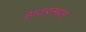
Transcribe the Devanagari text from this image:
हातरुमाल